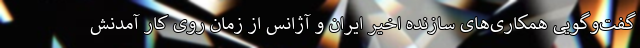
گفت‌وگویی همکاری‌های سازنده اخیر ایران و آژانس از زمان روی کار آمدنش